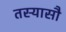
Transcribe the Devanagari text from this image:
तस्यासौ